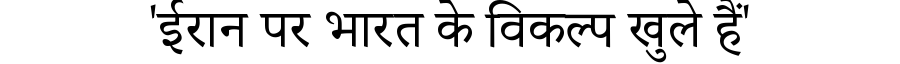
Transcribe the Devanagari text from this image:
'ईरान पर भारत के विकल्प खुले हैं'